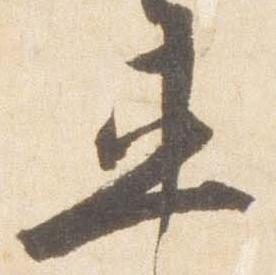
車